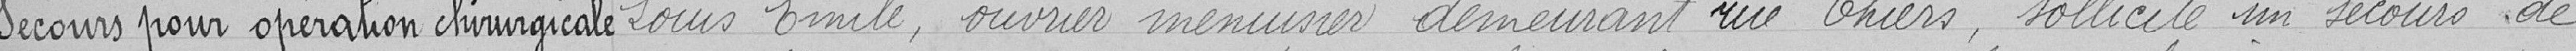
Secours pour opération chirurgicale   Louis Emile, ouvrier menuisier demeurant rue Thiers, sollicite un secours de